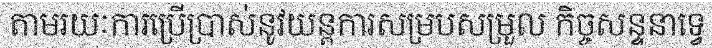
តាមរយៈការប្រើប្រាស់នូវយន្តការសម្របសម្រួល កិច្ចសន្ទនាទ្វេ